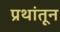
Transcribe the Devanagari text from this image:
प्रथांतून